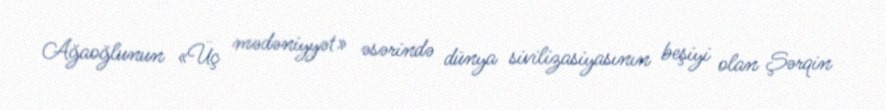
Ağaoğlunun «Üç mədəniyyət» əsərində dünya sivilizasiyasının beşiyi olan Şərqin